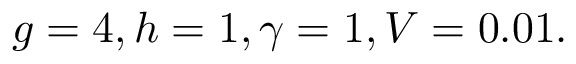
g = 4 , h = 1 , \gamma = 1 , V = 0 . 0 1 .